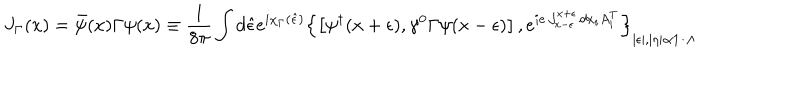
J _ { \Gamma } ( x ) = \bar { \psi } ( x ) \Gamma \psi ( x ) \equiv \frac { 1 } { 8 \pi } \int d \hat { \epsilon } e ^ { i \chi _ { \Gamma } ( \hat { \epsilon } ) } \left\{ \left[ \psi ^ { \dagger } ( x + \epsilon ) , \gamma ^ { 0 } \Gamma \psi ( x - \epsilon ) \right] , e ^ { i e \int _ { x - \epsilon } ^ { x + \epsilon } d x _ { i } A _ { i } ^ { T } } \right\} _ { | \epsilon | , | \eta | \propto 1 / \Lambda }